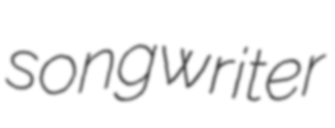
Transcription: songwriter